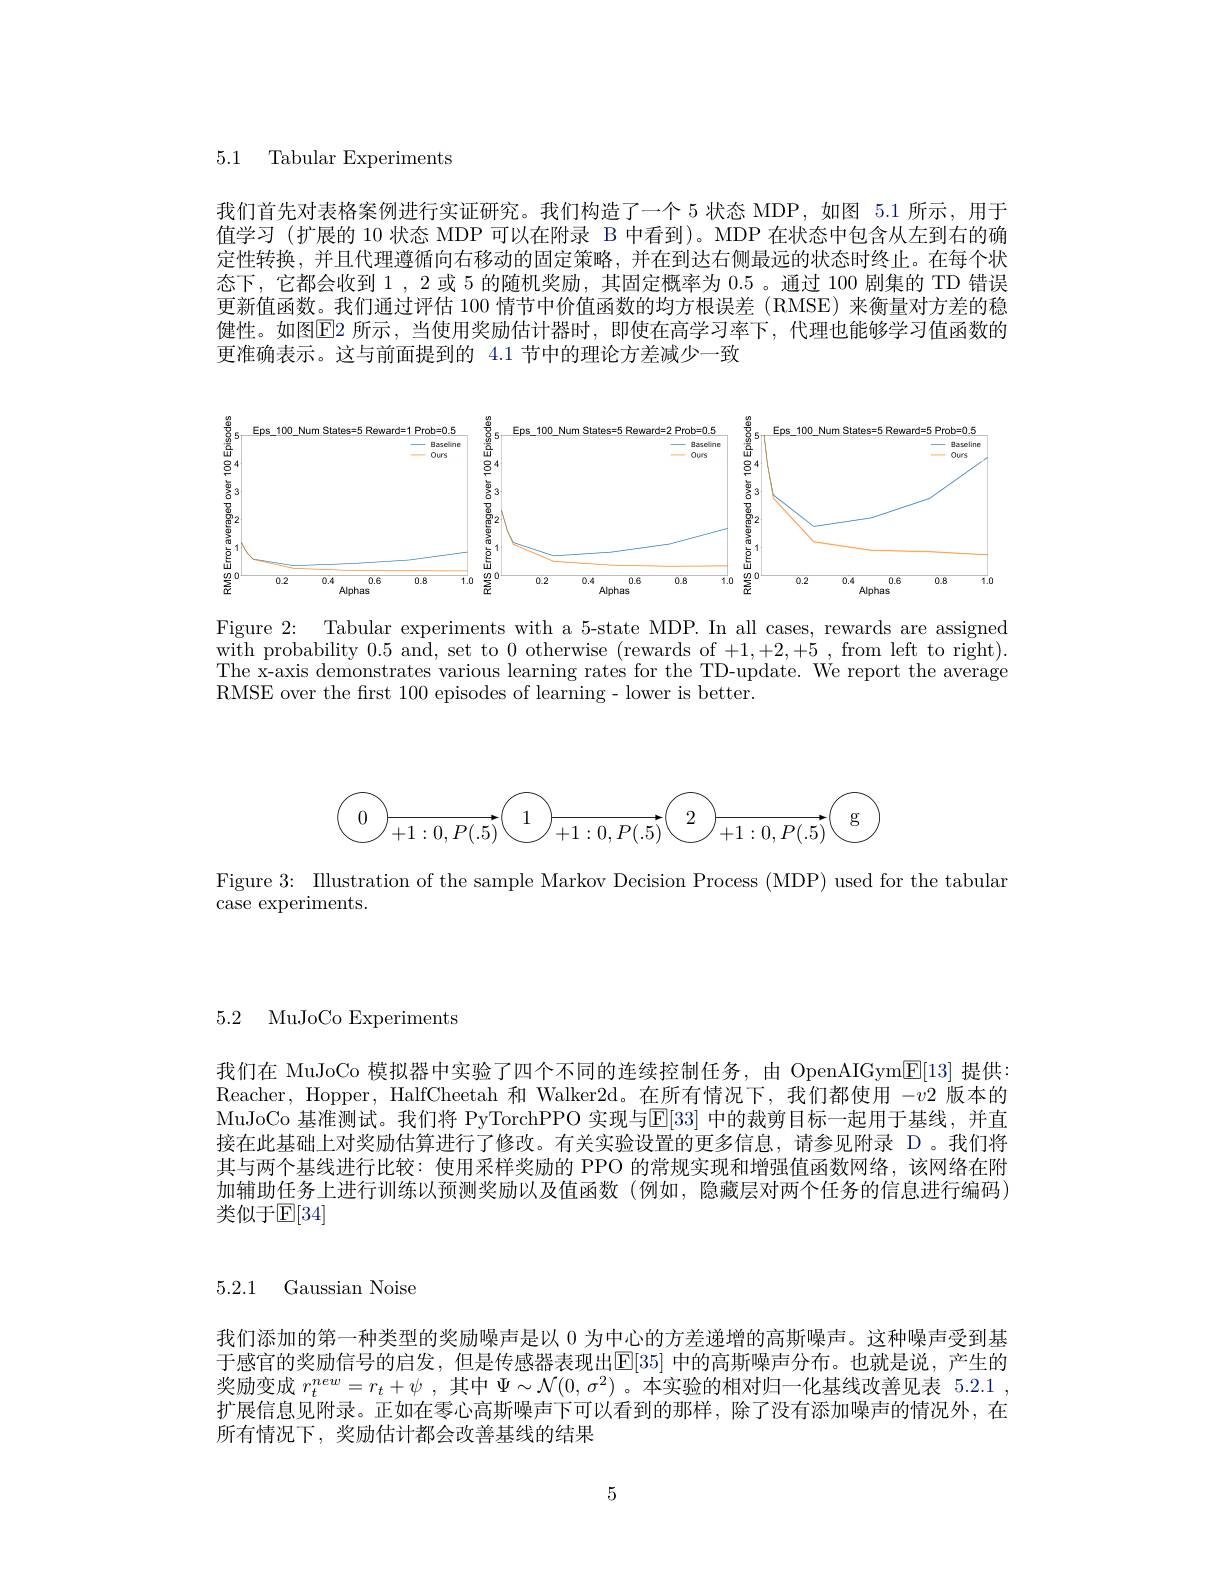
5.1 Tabular Experiments

我们首先对表格案例进行实证研究。我们构造了一个 5 状态 MDP,如图 5.1 所示，用于值学习 (扩展的 10 状态 MDP 可以在附录 B 中看到)。MDP 在状态中包含从左到右的确定性转换，并且代理遵循向右移动的固定策略，并在到达右侧最远的状态时终止。在每个状态下，它都会收到 1 , 2 或 5 的随机奖励，其固定概率为 0.5 。通过 100 剧集的 TD 错误更新值函数。我们通过评估 100 情节中价值函数的均方根误差 (RMSE) 来衡量对方差的稳健性。如图$\boxed{\mathrm{E}}2$ 所示，当使用奖励估计器时，即使在高学习率下，代理也能够学习值函数的更准确表示。这与前面提到的 4.1 节中的理论方差减少一致

<FigureHere>

Figure 2: Tabular experiments with a 5-state MDP. In all cases, rewards are assigned with probability 0.5 and, set to 0 otherwise (rewards of +1,+2,+5,from left to right). The x-axis demonstrates various learning rates for the TD-update. We report the average RMSE over the first 100 episodes of learning- lower is better.
$$\begin{array}{c|c|c|c|c|c|c|c|c|c|c|c|c|c|c|c|c|c|c|c|c|c|c|c|c|c|c|c|c|c|c|c|c|c|c|c|c|c|c|c|c|c|c|c|c|c|c|cr|c|c|c|c|c|c|c|c|c|c|c|c|c|c|c|c|c|c|c|c|c|c|c|c|c|c|c|c|c|c|c|c|c|c|c|c|c|c|c|c|c|c|c|c|}\end{array}$$
Figure 3: Illustration of the sample Markov Decision Process (MDP) used for the tabular
case experiments.

5.2 MuJoCo Experiments

我们在 MuJoCo 模拟器中实验了四个不同的连续控制任务，由 OpenAIGym$\boxed{\mathrm{E}}[13]$提供Reacher, Hopper, HalfCheetah 和 Walker2d。在所有情况下，我们都使用$-v2$版本的MuJoCo 基准测试。我们将 PyTorchPPO 实现与$\overline{\mathbb{E}}[33]$ 中的裁剪目标一起用于基线，并直接在此基础上对奖励估算进行了修改。有关实验设置的更多信息，请参见附录 D 。我们将其与两个基线进行比较：使用采样奖励的 PPO 的常规实现和增强值函数网络，该网络在附加辅助任务上进行训练以预测奖励以及值函数(例如，隐藏层对两个任务的信息进行编码) 类似于$\mathbb{E}[34]$

5.2.1 Gaussian Noise

我们添加的第一种类型的奖励噪声是以0为中心的方差递增的高斯噪声。这种噪声受到基于感官的奖励信号的启发，但是传感器表现出$\boxed{\mathbb{E}[35]}$ 中的高斯噪声分布。也就是说，产生的奖励变成$r_t^{new}=r_t+\psi$ ,其中$\Psi\sim\mathcal{N}(0,\sigma^2)$ 。本实验的相对归一化基线改善见表 5.2.1 , 扩展信息见附录。正如在零心高斯噪声下可以看到的那样，除了没有添加噪声的情况外，在所有情况下，奖励估计都会改善基线的结果

5